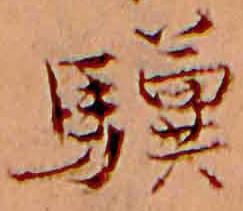
驥